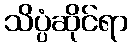
သိပ္ပံဆိုင်ရာ